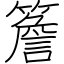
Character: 簷